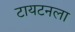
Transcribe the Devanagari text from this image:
टायटनला